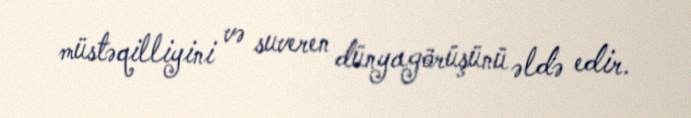
müstəqilliyini və suveren dünyagörüşünü əldə edir.